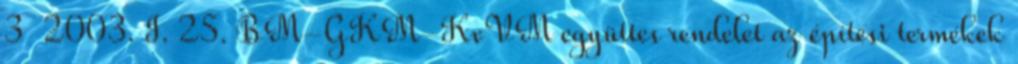
3 2003. I. 25. BM-GKM-KvVM együttes rendelet az építési termékek